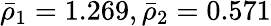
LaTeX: \bar{\rho}_{1}=1.269,\bar{\rho}_{2}=0.571